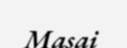
Masai